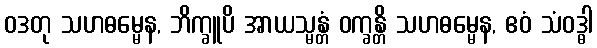
ဝဒတု သဟဓမ္မေန, ဘိက္ခူပိ အာယသ္မန္တံ ဝက္ခန္တိ သဟဓမ္မေန, ဧဝံ သံဝဒ္ဓါ